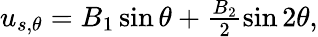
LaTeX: \begin{array}{r}{u_{s,\theta}=B_{1}\sin\theta+\frac{B_{2}}{2}\sin 2\theta,}\end{array}